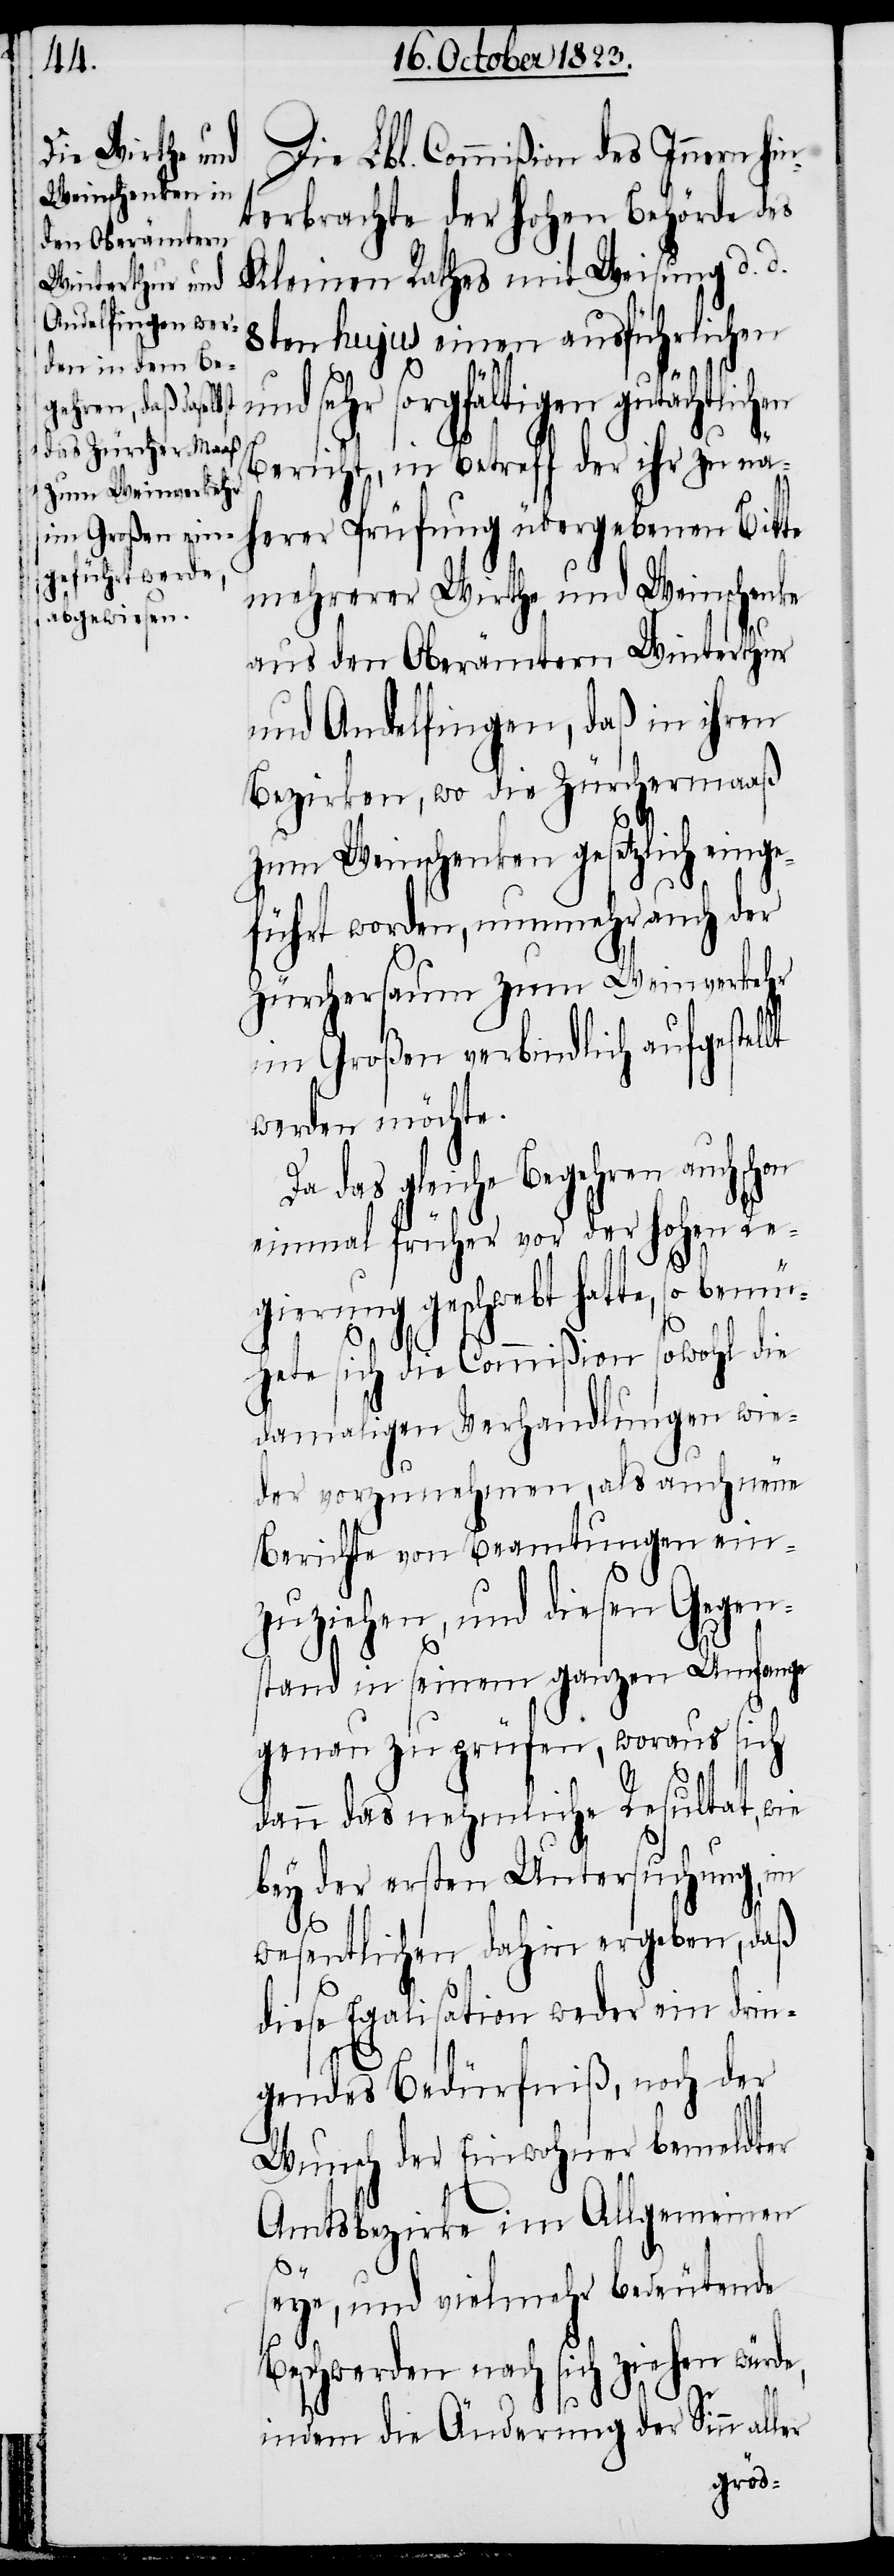
Die Lbl. Commißion des Innern hin¬
terbrachte der hohen Behörde des
Kleinen Rathes mit Weisung d. d.
8ten hujus einen ausführlichen
lt
und sehr sorgfältigen gutächtlichen
Bericht, in Betreff der ihr zu nä¬
herer Prüfung übergebenen Bitte
mehrerer Wirthe und Weinschenke
aus den Oberämtern Winterthur
und Andelfingen, daß in ihren
Bezirken, wo die Zürchermaaß
zum Weinschenken gesetzlich einge¬
führt worden, nunmehr auch der
Zürchersaum zum Weinverkehr
im Großen verbindlich aufgestel¬
werden möchte.
Da das gleiche Begehren auch schon
einmal früher vor der hohen Re¬
gierung geschwebt hatte, so bemü¬
hete sich die Commißion sowohl die
damaligen Verhandlungen wie¬
der vorzunehmen, als auch neue
Berichte von Beamtungen ein¬
zuziehen, und diesen Gegen¬
stand in seinem ganzen Umfange
genau zu prüfen, woraus sich
dann das nehmliche Resultat, wie
bey der ersten Untersuchung, im
wesentlichen dahin ergeben, daß
diese Egalisation weder ein drin¬
gendes Bedürfniß, noch der
Wunsch der Einwohner bemeldter
Amtsbezirke im Allgemeinen
seye, und vielmehr bedeutende
Beschwerden nach sich ziehen würde,
indem die Änderung der Sinn aller